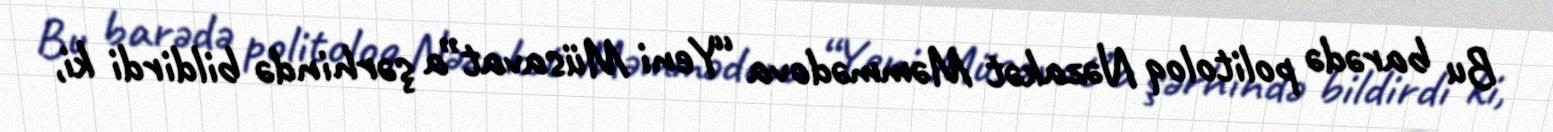
Bu barədə politoloq Nəzakət Məmmədova “Yeni Müsavat”a şərhində bildirdi ki,